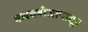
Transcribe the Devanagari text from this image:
कवचबीजापासून